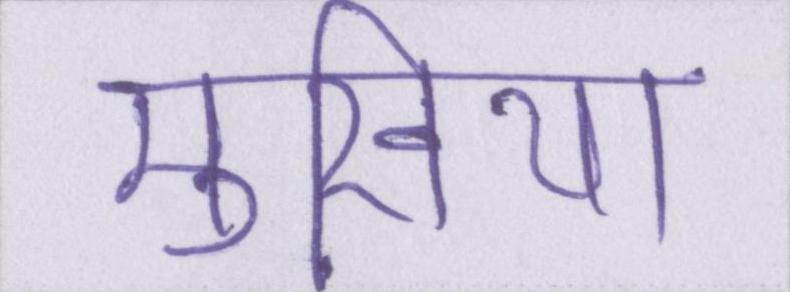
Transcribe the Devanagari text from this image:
मुखिया